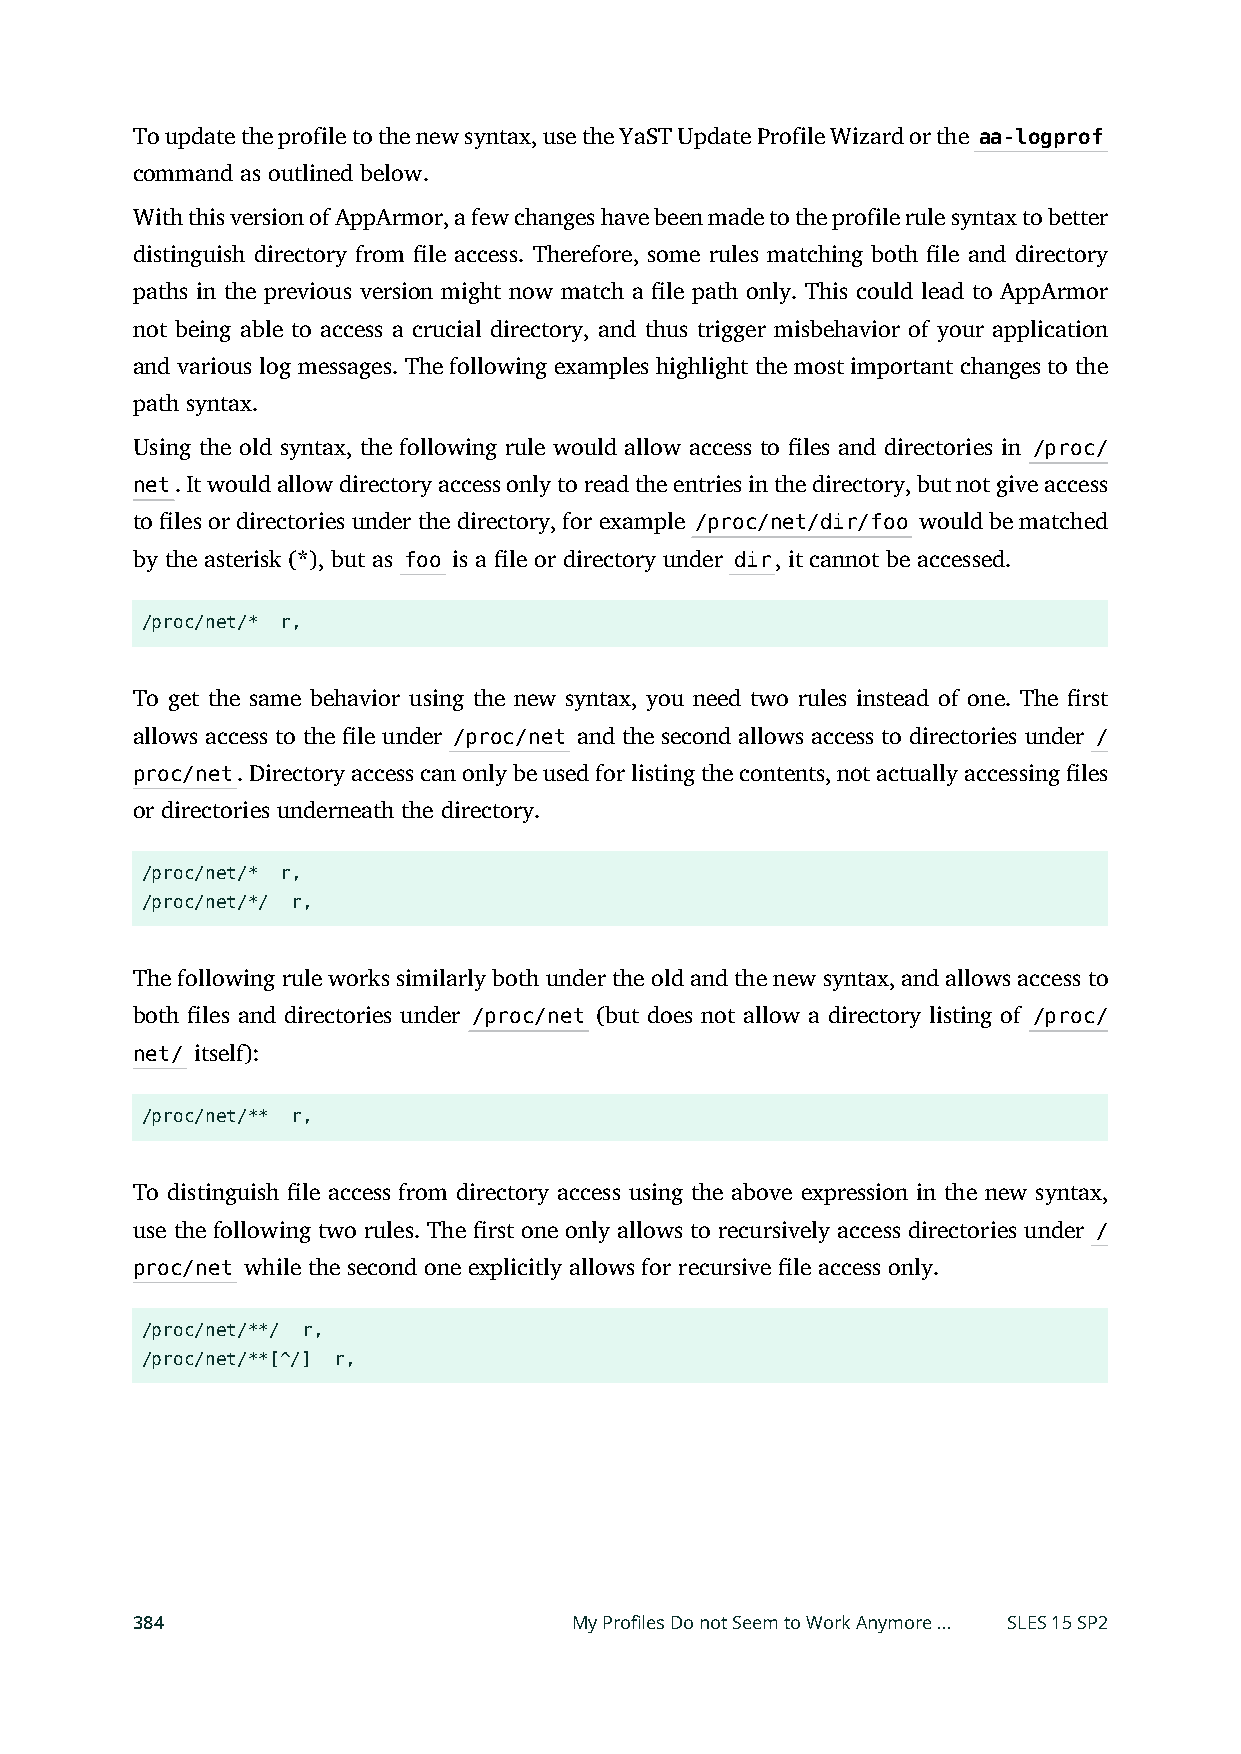
To update the profile to the new syntax, use the YaST Update Profile Wizard or the aa-logprof
 command as outlined below.
 With this version of AppArmor, a few changes have been made to the profile rule syntax to better
 distinguish directory from le access. Therefore, some rules matching both le and directory
 paths in the previous version might now match a le path only. This could lead to AppArmor
 not being able to access a crucial directory, and thus trigger misbehavior of your application
 and various log messages. The following examples highlight the most important changes to the
 path syntax.
 Using the old syntax, the following rule would allow access to les and directories in /proc/
 net. It would allow directory access only to read the entries in the directory, but not give access
 to les or directories under the directory, for example /proc/net/dir/foo would be matched
 by the asterisk (*), but as foo is a le or directory under dir, it cannot be accessed.
 /proc/net/* r,
 To get the same behavior using the new syntax, you need two rules instead of one. The rst
 allows access to the le under /proc/net and the second allows access to directories under /
 proc/net. Directory access can only be used for listing the contents, not actually accessing les
 or directories underneath the directory.
 /proc/net/* r,
 /proc/net/*/ r,
 The following rule works similarly both under the old and the new syntax, and allows access to
 both les and directories under /proc/net (but does not allow a directory listing of /proc/
 net/ itself):
 /proc/net/** r,
 To distinguish le access from directory access using the above expression in the new syntax,
 use the following two rules. The rst one only allows to recursively access directories under /
 proc/net while the second one explicitly allows for recursive le access only.
 /proc/net/**/ r,
 /proc/net/**[^/] r,
 384                          My Profiles Do not Seem to Work Anymore … SLES 15 SP2